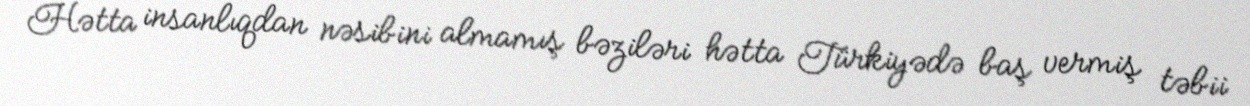
Hətta insanlıqdan nəsibini almamış bəziləri hətta Türkiyədə baş vermiş təbii